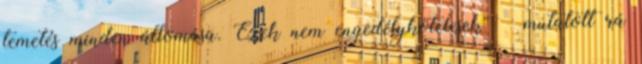
temetés minden állomása. Ezek nem engedélykötelesek” – mutatott rá